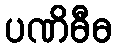
ပဏိဓီဓ